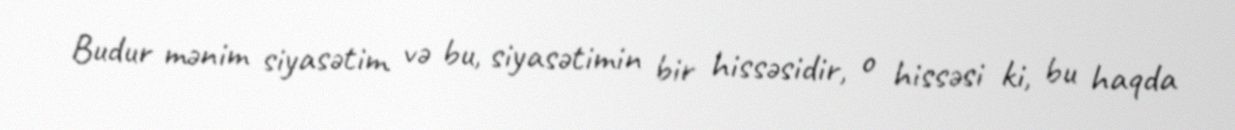
Budur mənim siyasətim və bu, siyasətimin bir hissəsidir, o hissəsi ki, bu haqda